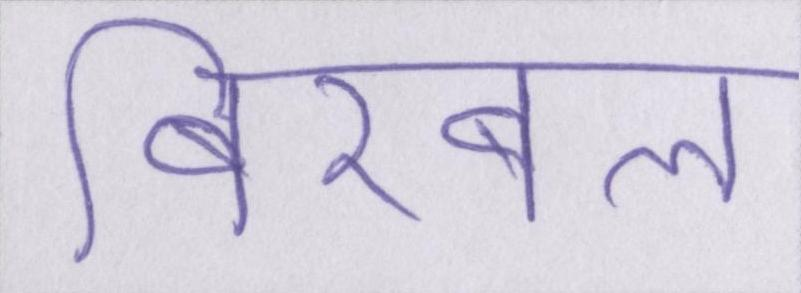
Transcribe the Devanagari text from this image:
बीरबल